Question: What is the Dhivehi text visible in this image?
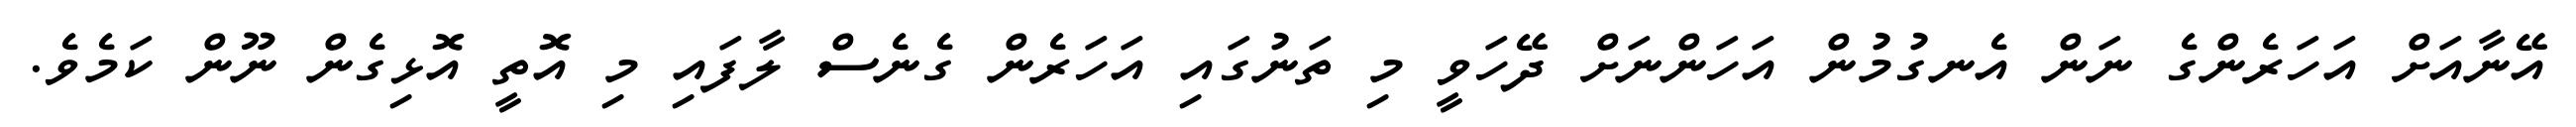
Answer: އޭނާއަށް އަހަރެންގެ ނަން އެނގުމުން އަހަންނަށް ދޭހަވީ މި ތަނުގައި އަހަރެން ގެނެސް ލާފައި މި އޮތީ އޮޅިގެން ނޫން ކަމެވެ.